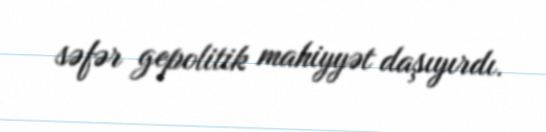
səfər gepolitik mahiyyət daşıyırdı.